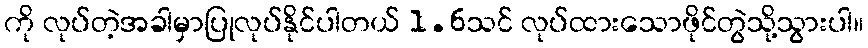
ကို လုပ်တဲ့အခါမှာပြုလုပ်နိုင်ပါတယ် 1.6သင် လုပ်ထားသောဖိုင်တွဲသို့သွားပါ။